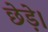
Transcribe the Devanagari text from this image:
छेड़े।